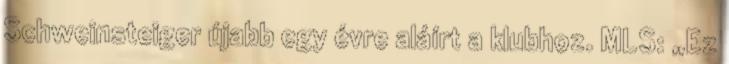
Schweinsteiger újabb egy évre aláírt a klubhoz. MLS: „Ez